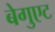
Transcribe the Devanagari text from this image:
बेगुएट